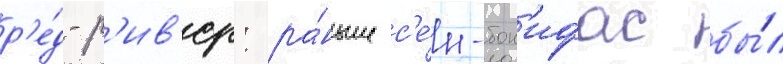
р'е́д-р'ив'ер: ра́ньше с'е́н-бон'ифас бы́л